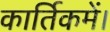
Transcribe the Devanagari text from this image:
कार्तिकमें।